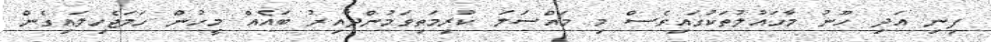
ފިނި އަދި ހޫނު މާހައުލުތަކުގައިވެސް މި މައްސަލަ ކުރިމަތިވަމުންދާއިރު ބައެއް މީހުން ހަމަޖެހިލައިގެން